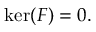
\ker ( F ) = 0 .